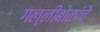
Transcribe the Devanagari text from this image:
गल्लीबोळांचे